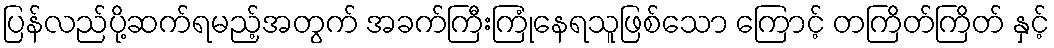
ပြန်လည်ပို့ဆက်ရမည့်အတွက် အခက်ကြီးကြုံနေရသူဖြစ်သော ကြောင့် တကြိတ်ကြိတ် နှင့်